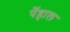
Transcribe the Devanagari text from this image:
पेंहाल